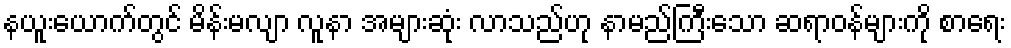
နယူးယောက်တွင် မိန်းမလျာ လူနာ အများဆုံး လာသည်ဟု နာမည်ကြီးသော ဆရာဝန်များကို စာရေး